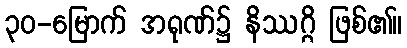
၃၀-မြောက် အရုဏ်၌ နိဿဂ္ဂိ ဖြစ်၏။